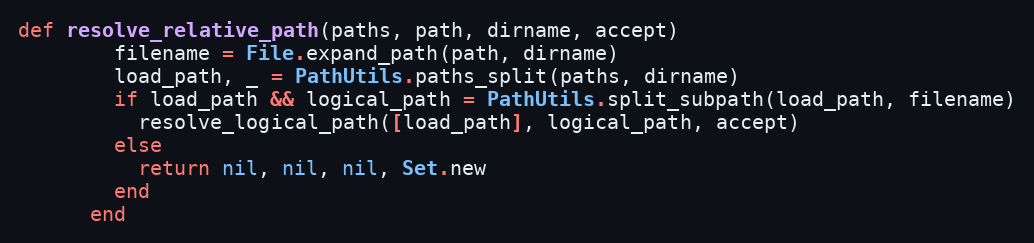
Language: Ruby
def resolve_relative_path(paths, path, dirname, accept)
        filename = File.expand_path(path, dirname)
        load_path, _ = PathUtils.paths_split(paths, dirname)
        if load_path && logical_path = PathUtils.split_subpath(load_path, filename)
          resolve_logical_path([load_path], logical_path, accept)
        else
          return nil, nil, nil, Set.new
        end
      end